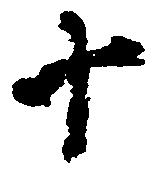
十